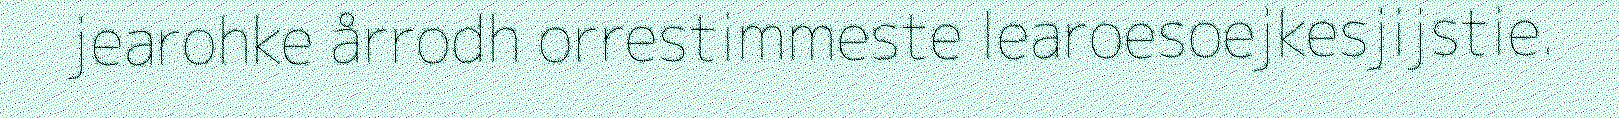
jearohke årrodh orrestimmeste learoesoejkesjijstie.